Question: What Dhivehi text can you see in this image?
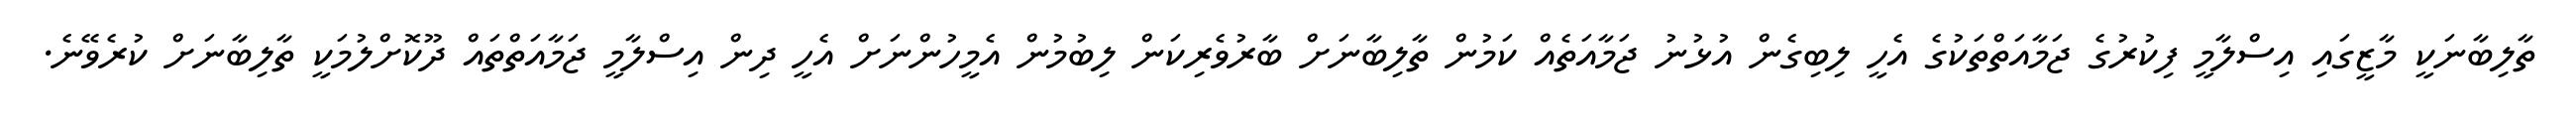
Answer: ތާލިބާނަކީ މާޒީގައި އިސްލާމީ ފިކުރުގެ ޖަމާއަތްތަކުގެ އެހީ ލިބިގެން އުޅުނު ޖަމާއަތެއް ކަމުން ތާލިބާނަށް ބާރުވެރިކަން ލިބުމުން އެމީހުންނަށް އެހީ ދިން އިސްލާމީ ޖަމާއަތްތައް ދޫކޮށްލުމަކީ ތާލިބާނަށް ކުރެވޭނެ.